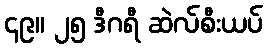
၄၉။ ၂၅ ဒီဂရီ ဆဲလ်စီးယပ်